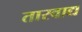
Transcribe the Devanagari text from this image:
तारवाद्य